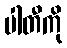
ပါတီကို